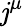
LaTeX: \mathit{j}^{\mu}